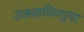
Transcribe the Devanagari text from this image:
उजळविणार्‍या